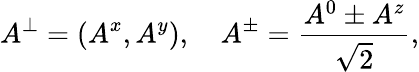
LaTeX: A^{\perp}=(A^{x},A^{y}),\quad A^{\pm}=\frac{A^{0}\pm A^{z}}{\sqrt{2}},